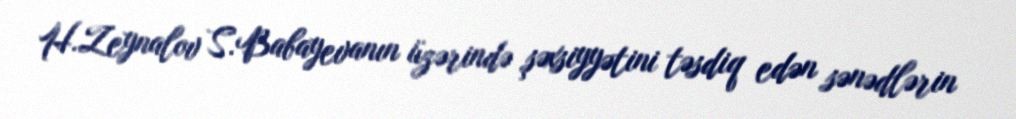
H.Zeynalov S.Babayevanın üzərində şəxsiyyətini təsdiq edən sənədlərin